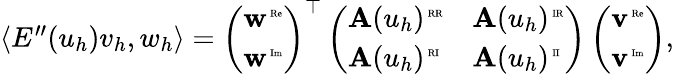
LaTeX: \begin{array}{r}{\langle E^{\prime\prime}(u_{h})v_{h},w_{h}\rangle=\left(\begin{array}{l}{\mathbf{w}^{\mathrm{\tiny\mathrm{~Re}}}}\\ {\mathbf{w}^{\mathrm{\tiny\mathrm{~Im}}}}\end{array}\right)^{\top}\left(\begin{array}{ll}{\mathbf{A}(u_{h})^{\mathrm{\tiny\mathrm{~RR}}}}&{\mathbf{A}(u_{h})^{\mathrm{\tiny\mathrm{~IR}}}}\\ {\mathbf{A}(u_{h})^{\mathrm{\tiny\mathrm{~RI}}}}&{\mathbf{A}(u_{h})^{\mathrm{\tiny\mathrm{~II}}}}\end{array}\right)\left(\begin{array}{l}{\mathbf{v}^{\mathrm{\tiny\mathrm{~Re}}}}\\ {\mathbf{v}^{\mathrm{\tiny\mathrm{~Im}}}}\end{array}\right),}\end{array}